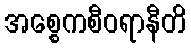
အစ္စေကစီဝရာနီတိ